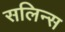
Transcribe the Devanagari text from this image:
सलिन्स